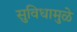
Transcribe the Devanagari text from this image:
सुविधामुळे